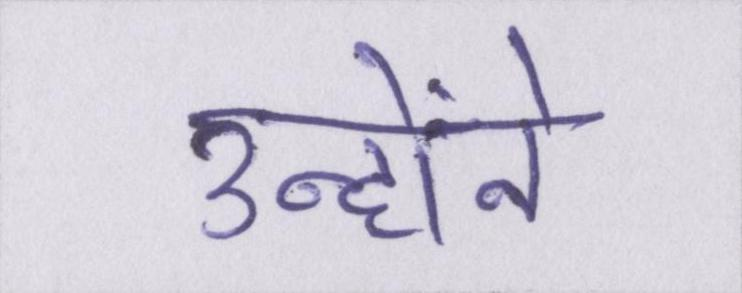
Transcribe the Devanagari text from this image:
उन्होंने